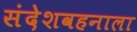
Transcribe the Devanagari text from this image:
संदेशवहनाला